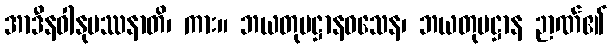
အာဒီနဝါနုပဿနာတိ၊ ကား။ ဘယတုပဋ္ဌာနဝသေန၊ ဘယတုပဋ္ဌာန ဉာဏ်၏